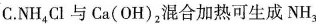
C.NH_{4}Cl与Ca(OH)_{2}混合加热可生成NH_{3}